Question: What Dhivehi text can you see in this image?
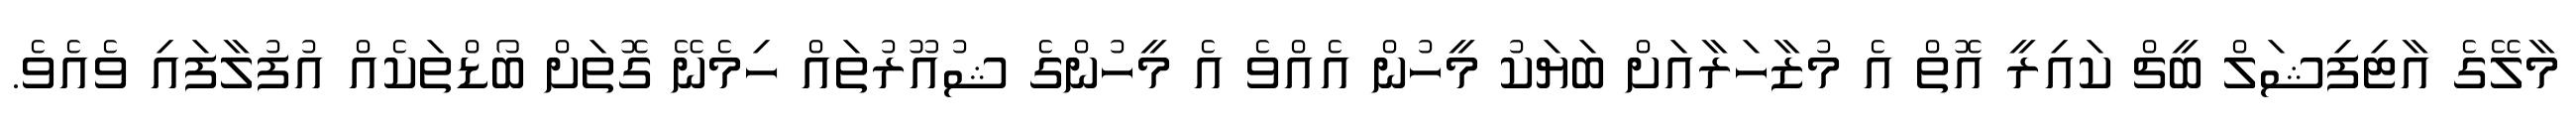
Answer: މާލޭގެ އާޓިފިޝަލް ބީޗް ކައިރީ އޮތް އެ މުޒާހަރާއަށް ބަޔަކު މީހުން އެއްވެ އެ މީހުންގެ ޝުއޫރުތައް ހިމެނޭ ގޮތަށް ބޯޑްތަކެއް އުފުލާފައި ވެއެވެ.